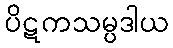
ပိဋကသမ္ပဒါယ